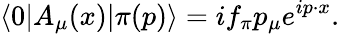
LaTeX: \langle 0|A_{\mu}(x)|\pi(p)\rangle=if_{\pi}p_{\mu}e^{ip\cdot x}.